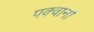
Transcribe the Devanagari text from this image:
पक्वानों